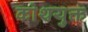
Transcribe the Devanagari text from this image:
कोथयुक्त